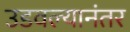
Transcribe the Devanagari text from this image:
उडवल्यानंतर